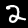
Label: 2